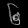
Digit: ၆